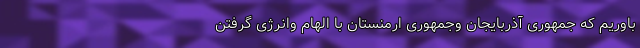
باوریم که جمهوری آذربایجان وجمهوری ارمنستان با الهام وانرژی گرفتن